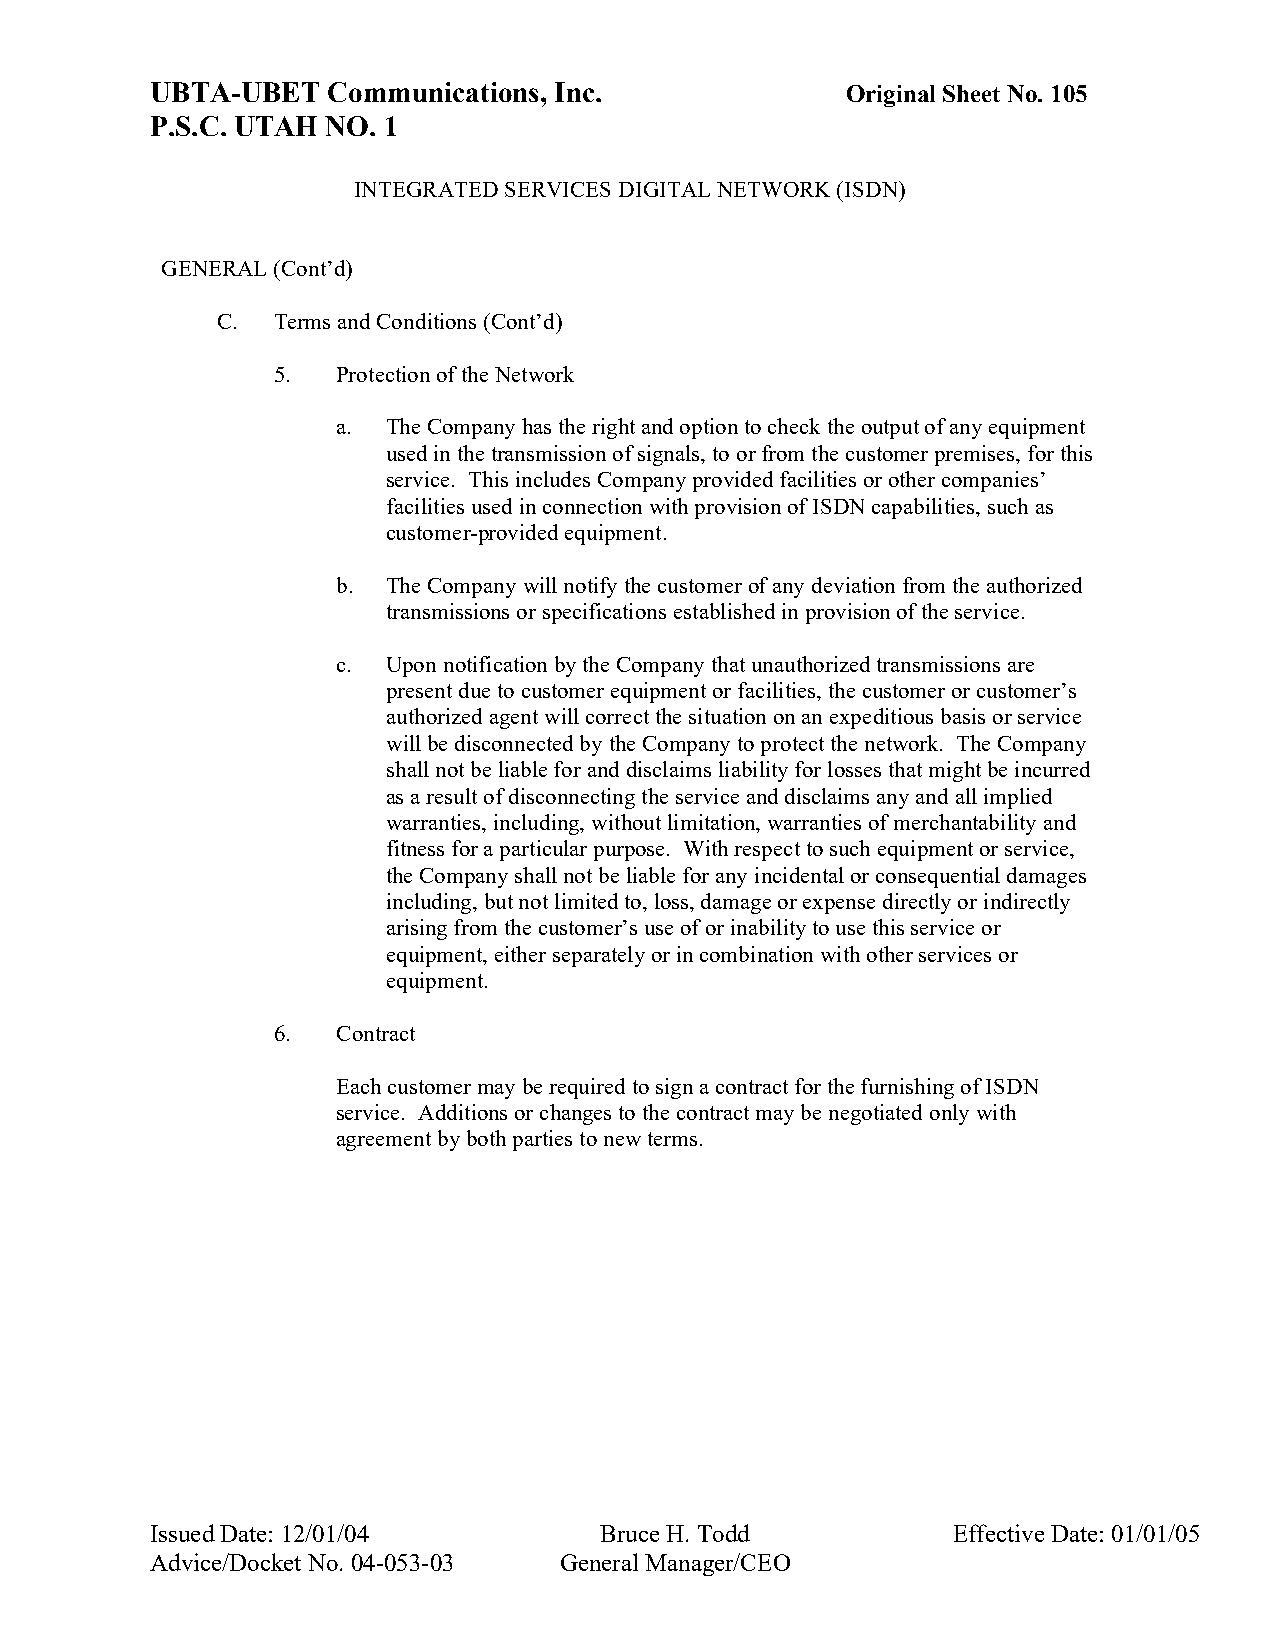
UBTA-UBET   Communications, Inc.              Original Sheet No. 105
 P.S.C. UTAH NO. 1
 INTEGRATED SERVICES DIGITAL NETWORK (ISDN)
 GENERAL (Cont’d)
 C.  Terms and Conditions (Cont’d)
 5.  Protection of the Network
 a.  The Company has the right and option to check the output of any equipment
 used in the transmission of signals, to or from the customer premises, for this
 service. This includes Company provided facilities or other companies’
 facilities used in connection with provision of ISDN capabilities, such as
 customer-provided equipment.
 b.  The Company will notify the customer of any deviation from the authorized
 transmissions or specifications established in provision of the service.
 c.  Upon notification by the Company that unauthorized transmissions are
 present due to customer equipment or facilities, the customer or customer’s
 authorized agent will correct the situation on an expeditious basis or service
 will be disconnected by the Company to protect the network. The Company
 shall not be liable for and disclaims liability for losses that might be incurred
 as a result of disconnecting the service and disclaims any and all implied
 warranties, including, without limitation, warranties of merchantability and
 fitness for a particular purpose. With respect to such equipment or service,
 the Company shall not be liable for any incidental or consequential damages
 including, but not limited to, loss, damage or expense directly or indirectly
 arising from the customer’s use of or inability to use this service or
 equipment, either separately or in combination with other services or
 equipment.
 6.  Contract
 Each customer may be required to sign a contract for the furnishing of ISDN
 service. Additions or changes to the contract may be negotiated only with
 agreement by both parties to new terms.
 Issued Date: 12/01/04         Bruce H. Todd          Effective Date: 01/01/05
 Advice/Docket No. 04-053-03 General Manager/CEO